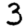
Digit: 3